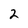
Character: 2